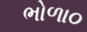
ભોળા૦